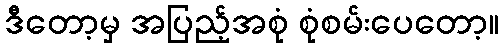
ဒီတော့မှ အပြည့်အစုံ စုံစမ်းပေတော့။